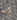
إنه